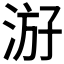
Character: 𰛶